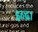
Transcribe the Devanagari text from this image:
इन्द्र।